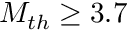
M _ { t h } \ge 3 . 7